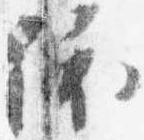
依